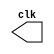
//Exemplo 0041
//Nome: Vitor Angelo Lima

// ---------------------------
// -- test clock generator (1)
// ---------------------------
module clock ( clk );
	output clk;
	reg
	clk;
	initial begin
		clk = 1'b0;
	end
	always begin
		#12 clk = ~clk;
	end
endmodule // clock ( )

module Exemplo0041;
	wire clk;
	clock CLK1 ( clk );
	initial begin
		$dumpfile ( "Exemplo041.vcd" );
		$dumpvars;
		#120 $finish;
	end
endmodule // Exemplo041 ( )